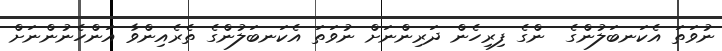
ނުވަތަ އެކަނބަލުންގެ  ންގެ ފިރިހެން ދަރިންނަށް ނުވަތަ އެކަނބަލުންގެ ތެރެއިންވާ އަންހެނުންނަށް